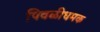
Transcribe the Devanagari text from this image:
पिवळीधमक